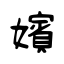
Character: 嬪